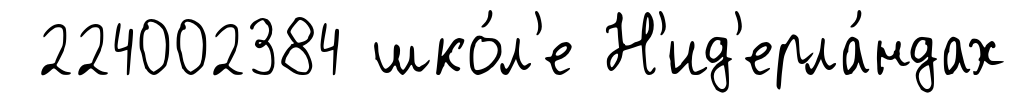
224002384 шко́л'е Н'ид'ерла́ндах